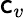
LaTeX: \mathsf{c}_{v}